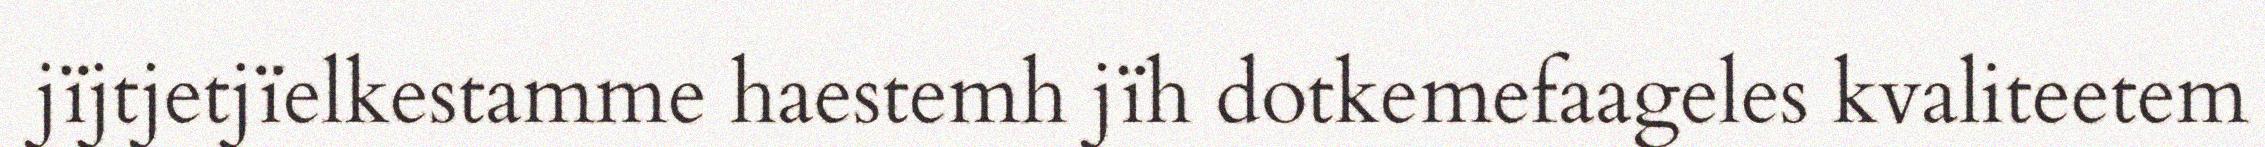
jïjtjetjïelkestamme haestemh jïh dotkemefaageles kvaliteetem